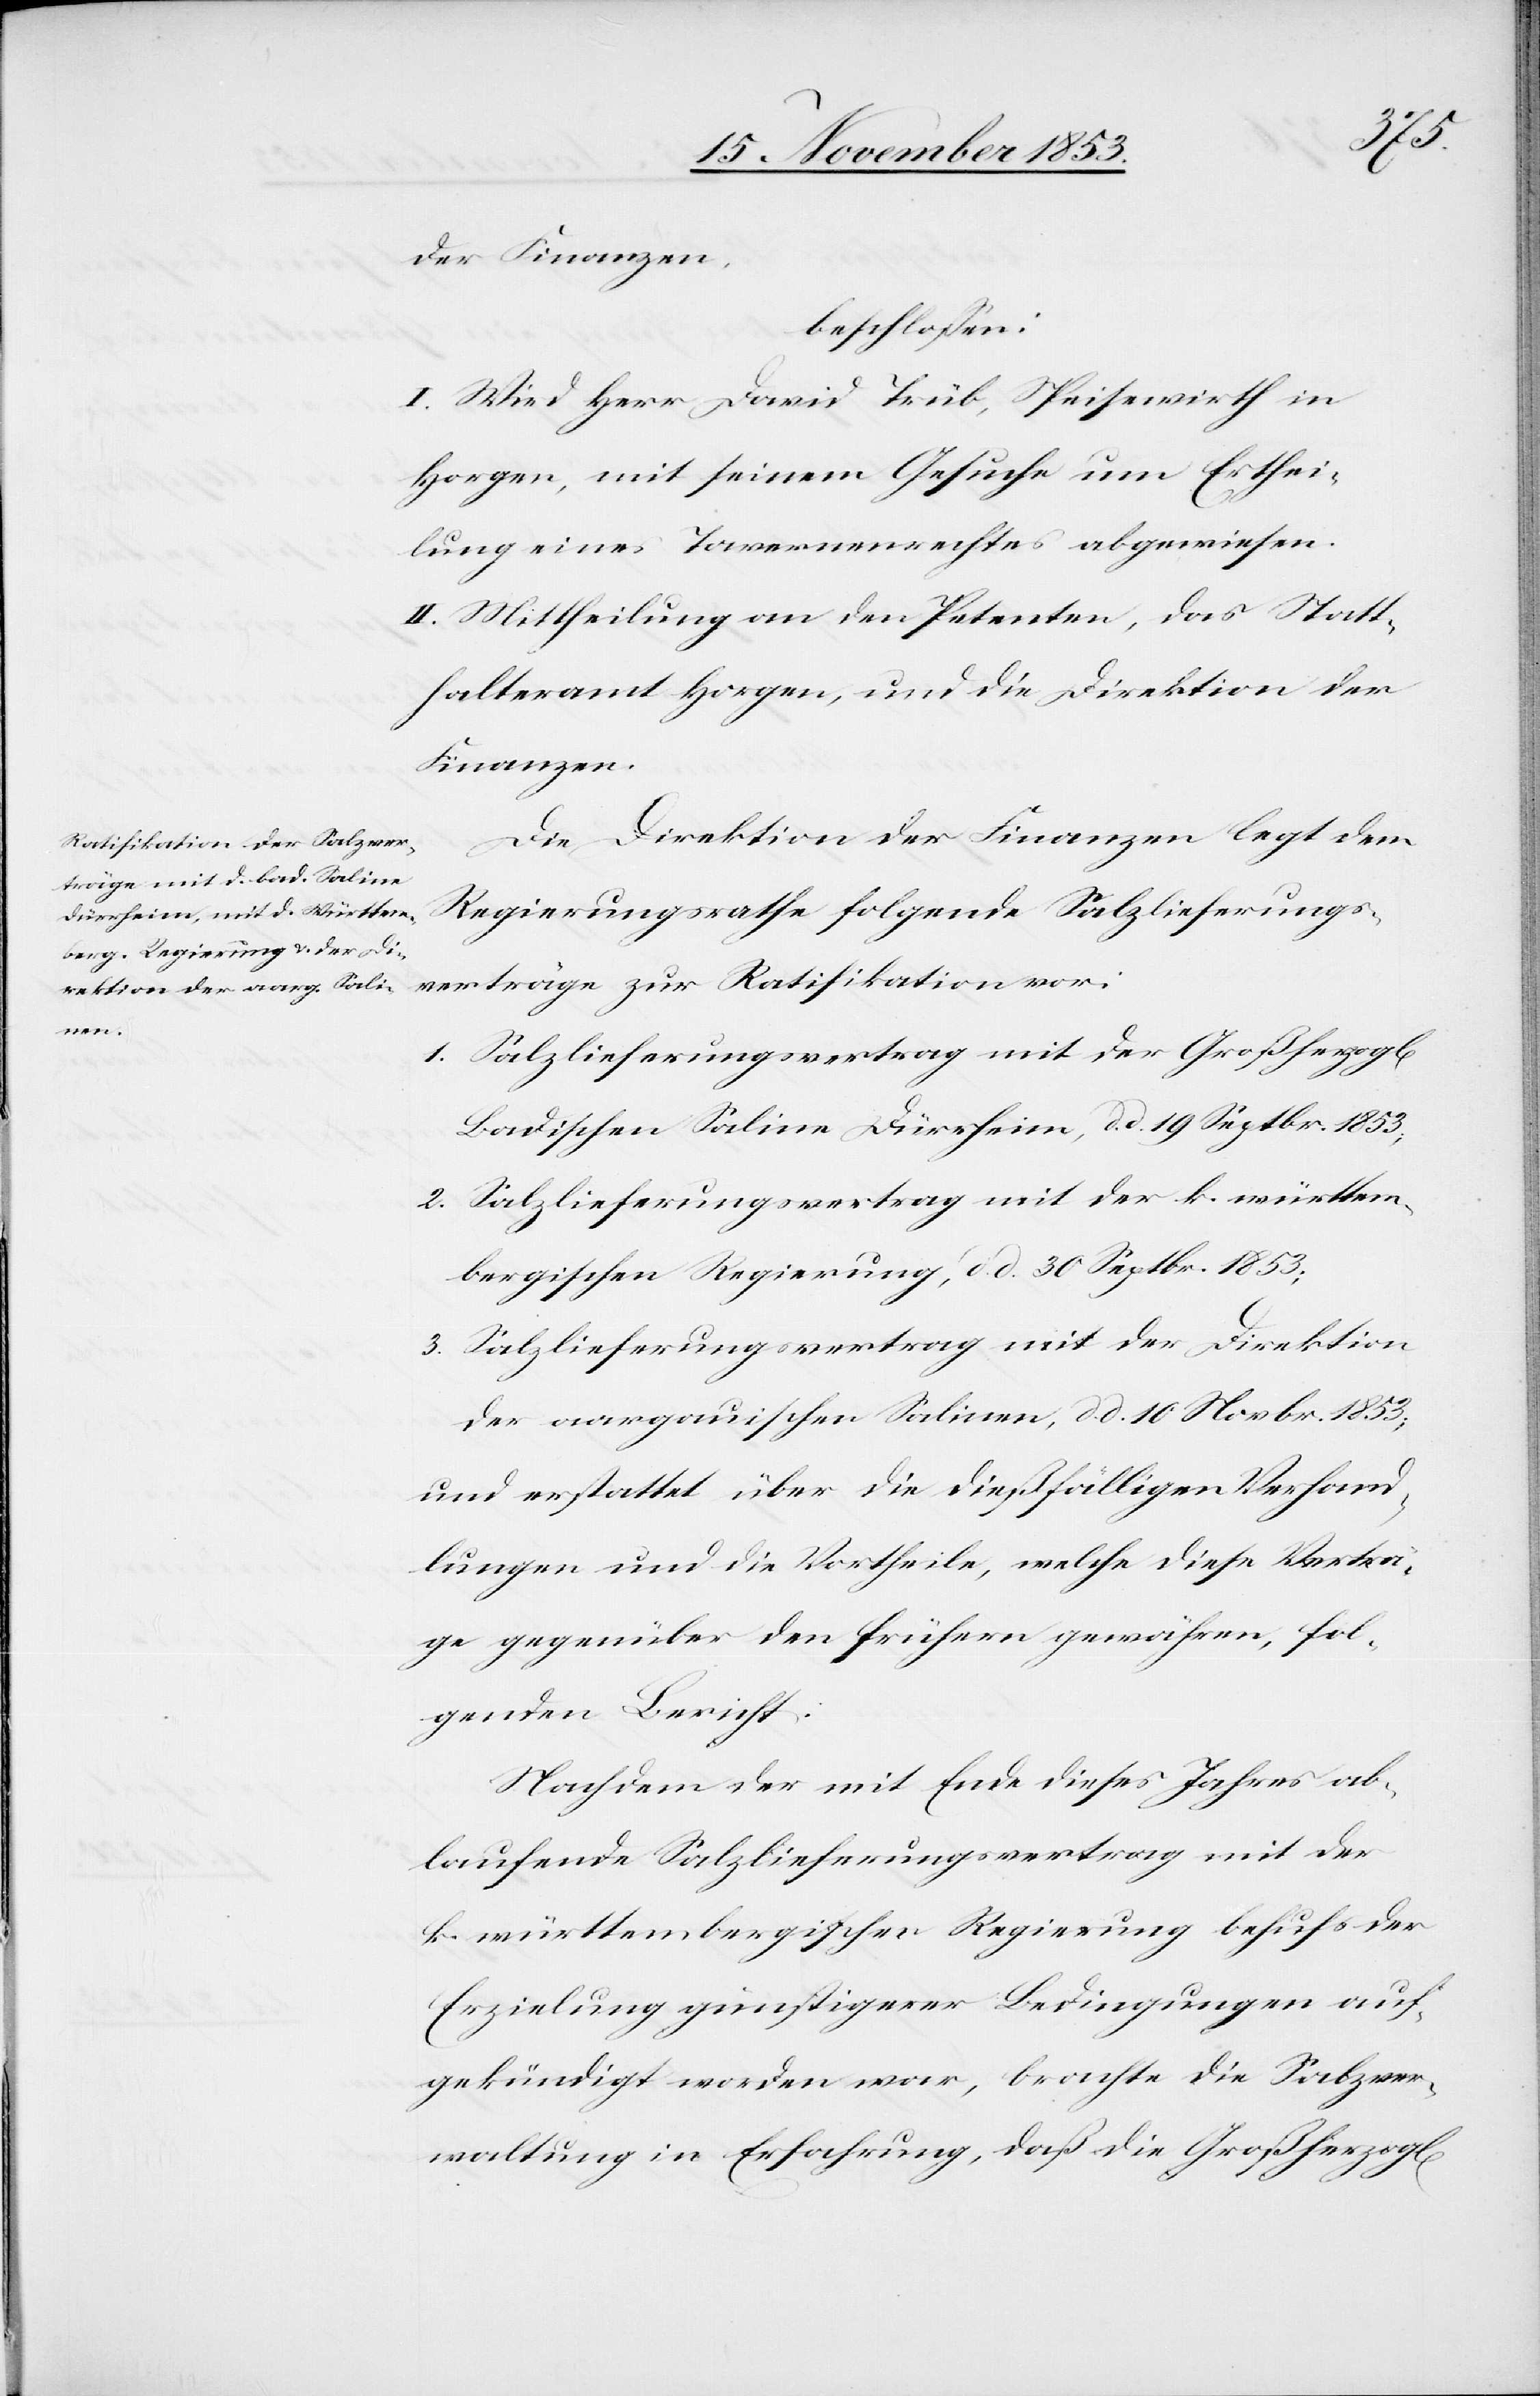
chen]
der Finanzen,
beschloßen:
I. Wird Herr David Trüb, Speisewirth in
Horgen, mit seinem Gesuche um Erthei¬
lung eines Tavernenrechtes abgewiesen.
II. Mittheilung an den Petenten, das Statt¬
halteramt Horgen, und die Direktion der
Finanzen.
Die Direktion der Finanzen legt dem
Regierungsrathe folgende Salzlieferungs¬
verträge zur Ratifikation vor:
1. Salzlieferungsvertrag mit der Großherzogl[i¬
Badischen Saline Dürrheim, d. d. 19 Septbr. 1853,
2. Salzlieferungsvertrag mit der k. württem¬
bergischen Regierung, d. d. 30 Septbr. 1853;
3. Salzlieferungsvertrag mit der Direktion
der aargauischen Salinen, d. d. 10 Novbr. 1853;
und erstattet über die dießfälligen Verhand¬
lungen und die Vortheile, welche diese Verträ¬
ge gegenüber den frühern gewähren, fol¬
genden Bericht:
Nachdem der mit Ende des Jahres ab¬
laufende Salzlieferungsvertrag mit der
k. württembergischen Regierung behufs der
Erzielung günstigerer Bedingungen auf¬
gekündigt worden war, brachte die Salzver¬
waltung in Erfahrung, daß die Großherzogl[i¬